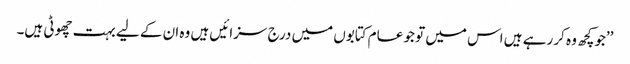
’’جوکچھ وہ کر رہے ہیں اس میں تو جو عام کتابوں میں درج سزائیں ہیں وہ ان کے لیے بہت چھوٹی ہیں۔